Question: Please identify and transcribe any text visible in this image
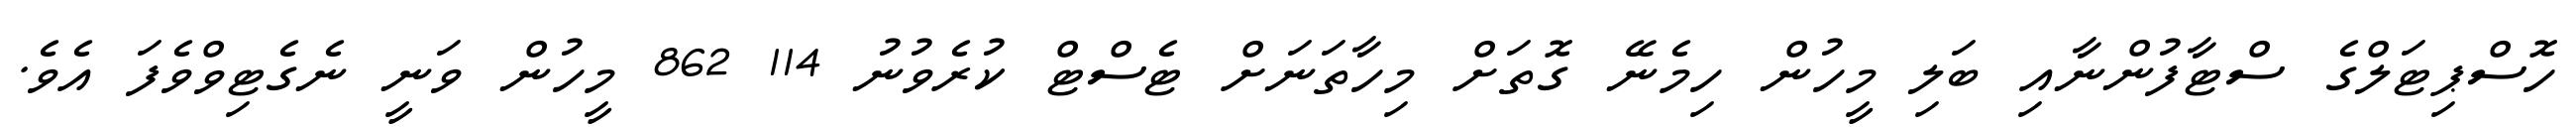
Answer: ހޮސްޕިޓަލްގެ ސްޓާފުންނާއި ބަލި މީހުން ހިމެނޭ ގޮތަށް މިހާތަނަށް ޓެސްޓް ކުރެވުނު 114 862 މީހުން ވަނީ ނެގެޓިވްވެފަ އެވެ.